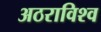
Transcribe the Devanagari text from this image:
अठराविश्व